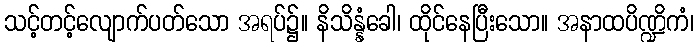
သင့်တင့်လျောက်ပတ်သော အရပ်၌။ နိသိန္နံခေါ၊ ထိုင်နေပြီးသော။ အနာထပိဏ္ဍိကံ၊